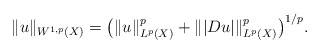
\begin{align*}\|u\|_{W^{1,p}(X)}=\big(\|u\|_{L^p(X)}^p+\||Du|\|_{L^p(X)}^p\big)^{1/p}.\end{align*}